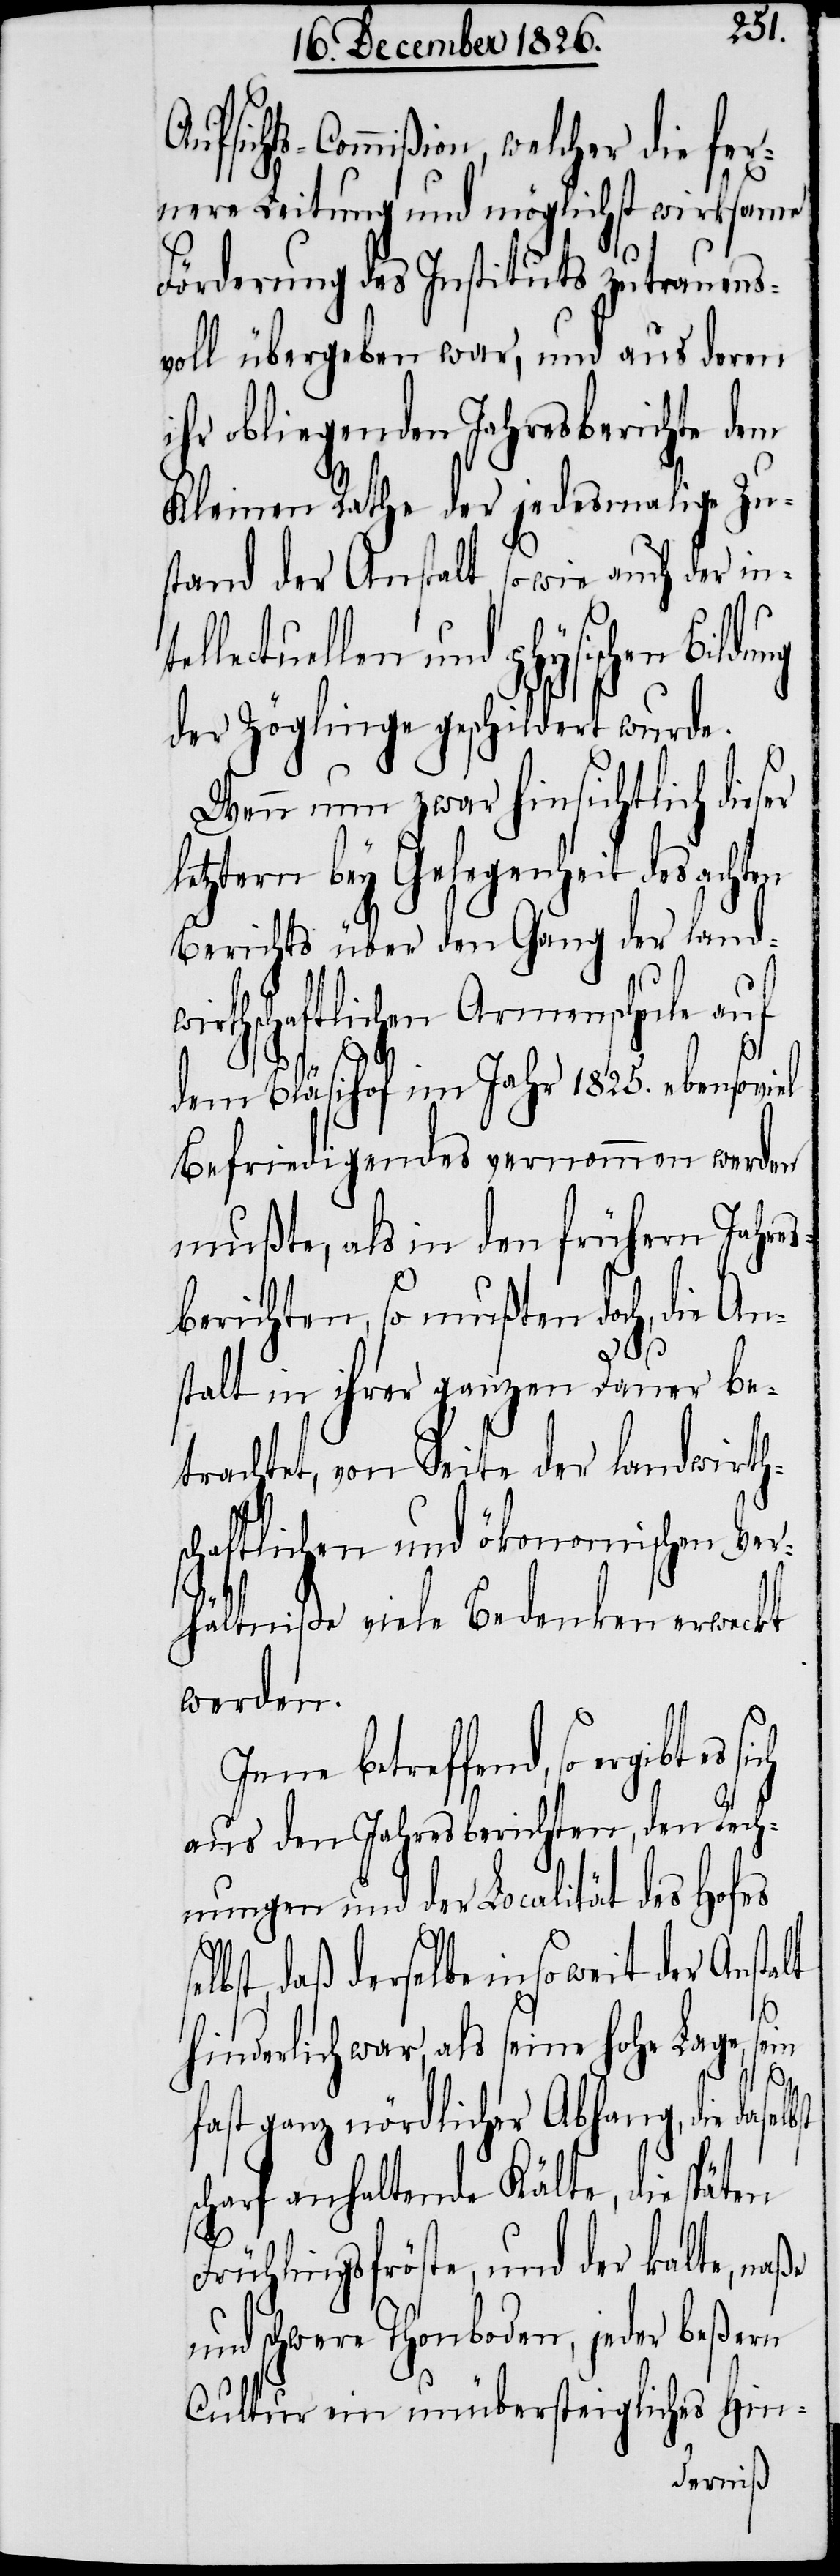
sichts-Commißion, welcher die fer¬
nere Leitung und möglichst wirksame
Förderung des Instituts zutrauens¬
voll übergeben war, und aus deren
ihr obliegenden Jahresberichte dem
Kleinen Rathe der jedesmalige Zu¬
stand der Anstalt, sowie auch der int¬
lectuellen und physischen Bild¬
der Zöglinge geschildert wurde.
Wenn nun zwar hinsichtlich dieser
letztern bey Gelegenheit des acht¬
Berichts über den Gang der landw¬
irthschaftlichen Armenschule auf
ße
dem Bläsihof im Jahr 1825. ebensoviel
Befriedigendes vernommen werden
mußte, als in den frühern Jahres¬
berichten, so mußten doch, die An¬
stalt in ihrer ganzen Dauer be¬
trachtet, von Seite der landwirths¬
chaftlichen und ökonomischen Ver¬
hältniße viele Bedenken erwecket
werden.
Jene betreffend, so ergibt es
aus den Jahresberichten, den Rech¬
nungen und der Localität des Hofes
daß derselbe in soweit der Anstalt
hinderlich war, als seine hohe Lage, sein
en
fast ganz nördlicher Abhang, die dase¬
scharf anhaltende Kälte, die späten
Frühlingsfröste, und der kalte, na¬
und schwere Thonboden, jeder beßern
Cultur ein unübersteigliches Hin-